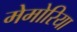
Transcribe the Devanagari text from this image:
मेमोरिया